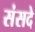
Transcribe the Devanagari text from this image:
संसदे